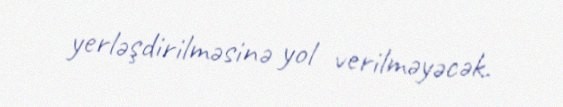
yerləşdirilməsinə yol verilməyəcək.